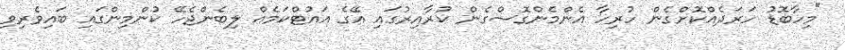
"މިހާބޮޑު ހަރަދެއްކޮށްގެން ހުރިހާ އެންމެންގޮސްގެން ކުރާއިރުގައި އޭގެ އައުޓްކަމެއް ލިބެންޖެހޭ ކުންމިންގައި ބައިވެރިވި